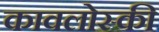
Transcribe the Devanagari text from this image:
कावलोस्की